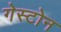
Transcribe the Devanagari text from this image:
गेस्टोन